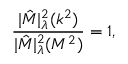
\frac { | \hat { \cal M } | _ { \lambda } ^ { 2 } ( k ^ { 2 } ) } { | \hat { \cal M } | _ { \lambda } ^ { 2 } ( M ^ { 2 } ) } = 1 ,